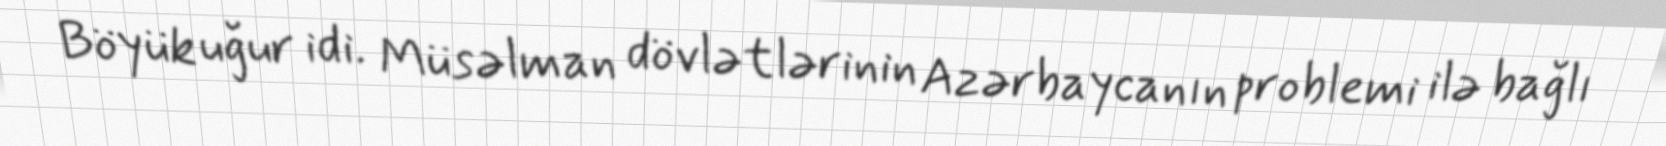
Böyük uğur idi. Müsəlman dövlətlərinin Azərbaycanın problemi ilə bağlı